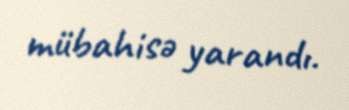
mübahisə yarandı.